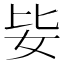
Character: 𡛗